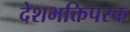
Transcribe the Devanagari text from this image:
देशभक्तिपरक